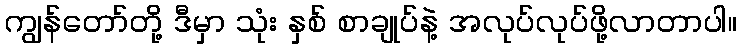
ကျွန်တော်တို့ ဒီမှာ သုံး နှစ် စာချုပ်နဲ့ အလုပ်လုပ်ဖို့လာတာပါ။